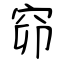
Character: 窌